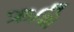
ઋશિ